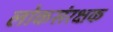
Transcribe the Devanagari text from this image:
लोकसंरक्षक